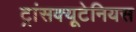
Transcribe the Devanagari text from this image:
ट्रांसक्यूटेनियस